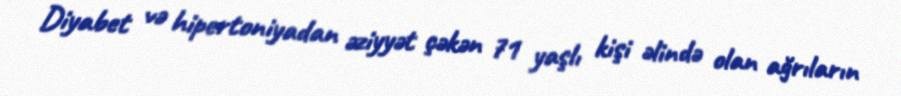
Diyabet və hipertoniyadan əziyyət çəkən 71 yaşlı kişi əlində olan ağrıların